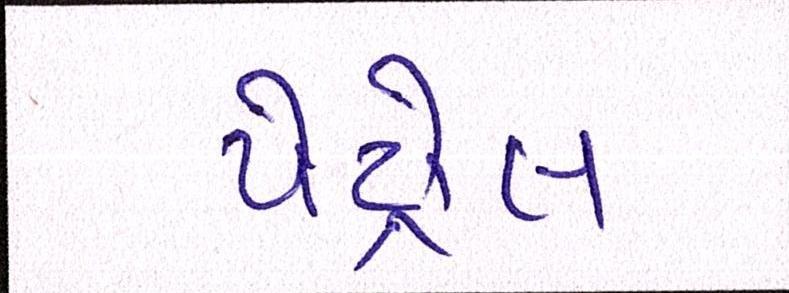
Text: પેટ્રોલ